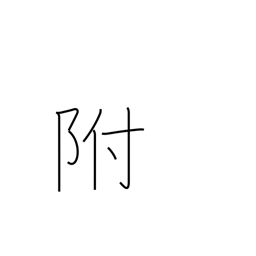
Meaning: affixed